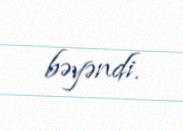
bəyəndi.